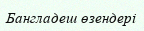
Бангладеш өзендері